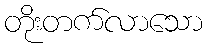
တိုးတက်လာသော